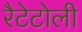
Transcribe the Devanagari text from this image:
रैटेटोली